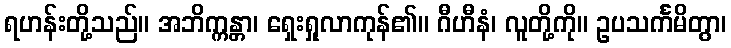
ရဟန်းတို့သည်။ အဘိက္ကန္တာ၊ ရှေးရှုလာကုန်၏။ ဂီဟီနံ၊ လူတို့ကို။ ဥပသင်္ကမိတွာ၊